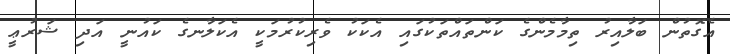
އެގޮތުން ބަލާއިރު ތިމާމެންގެ ކަންތައްތަކުގައި އެކަކު ވެރިކުރުމަކީ އެކަލާނގެ ކައުނީ އަދި ޝަރުޢީ